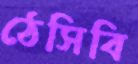
ঠেসিবি